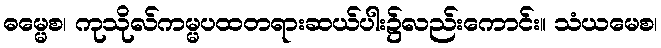
ဓမ္မေစ၊ ကုသိုလ်ကမ္မပထတရားဆယ်ပါး၌လည်းကောင်း။ သံယမေစ၊